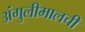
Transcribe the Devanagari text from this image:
अंगुलीमालची